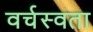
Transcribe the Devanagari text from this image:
वर्चस्वता